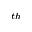
^ { t h }